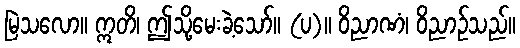
မြဲသလော။ ဣတိ၊ ဤသို့မေးခဲ့သော်။ (ပ)။ ဝိညာဏံ၊ ဝိညာဉ်သည်။